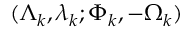
( \Lambda _ { k } , \lambda _ { k } ; \Phi _ { k } , - \Omega _ { k } )